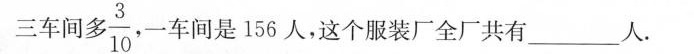
三车间 $$\frac { 3 } { 10 }$$ ，一车间是156人，这个服装厂全厂共有 ___ 人。